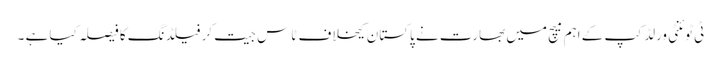
ٹی ٹوئنٹی ورلڈ کپ کے اہم میچ میں بھارت نے پاکستان کیخلاف ٹاس جیت کر فیلڈنگ کا فیصلہ کیا ہے ۔